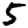
Digit: 5